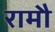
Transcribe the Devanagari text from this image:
रामौ